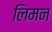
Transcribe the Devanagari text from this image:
लिमन